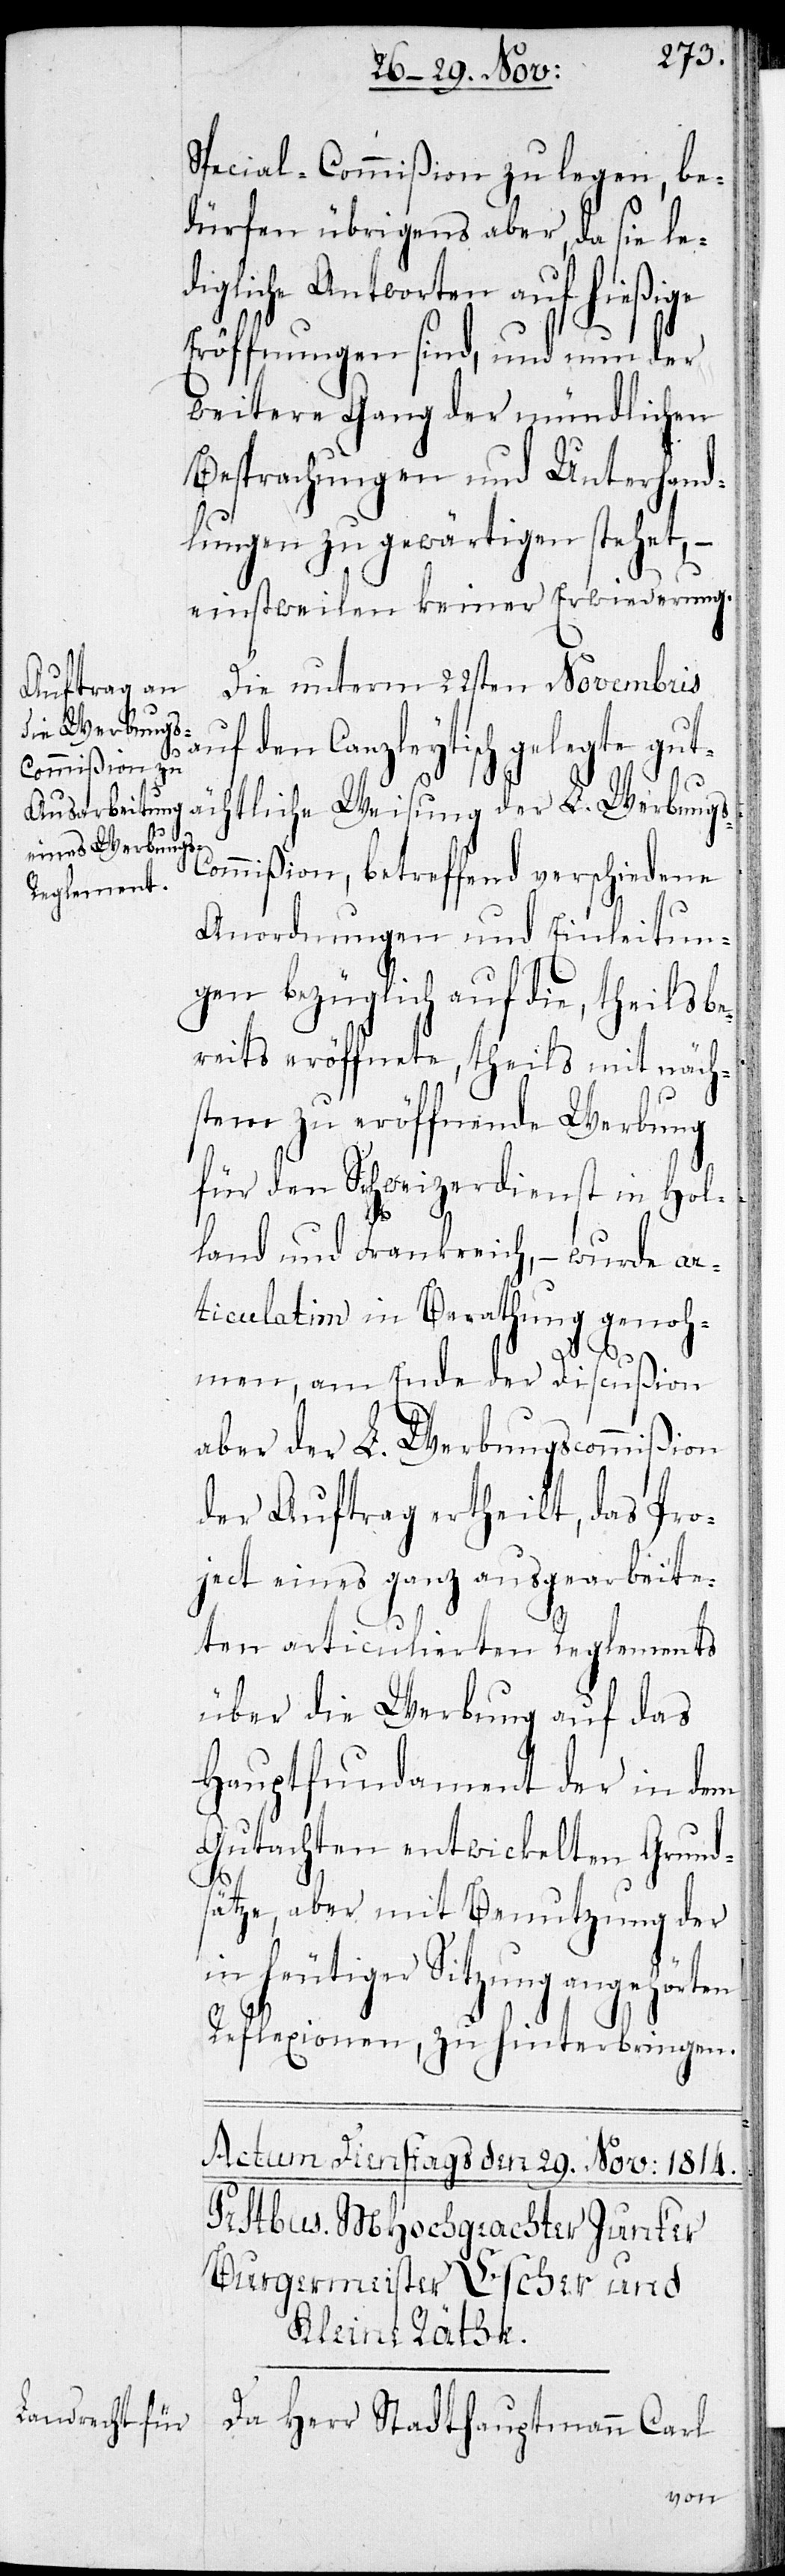
Special-Commißion zu legen, be¬
dürfen übrigens aber, da sie le¬
digliche Antworten auf hießige
Eröffnungen sind, und nun der
weitere Gang der mündlichen
Besprechungen und Unterhand¬
lungen zu gewärtigen steht, –
einstweilen keiner Erwiederung.
Die unterm 22sten Novembris
den Canzleytisch gel¬
egte gutächtlich Weisung der L. Werbungs¬
commißion, betreffend verschiedene
Anordnungen und Einleitun¬
gen bezüglich auf die theils be¬
reits eröffnete, theils mit näch¬
stem zu eröffnende Werbung
für den Schweizerdienst in Hol¬
land und Frankreich, – wurde ar¬
ticulatim in Berathung genoh¬
men, am Ende der Discußion
aber der L. Werbungscommißion
der Auftrag ertheilt, das Pro¬
ject eines ganz ausgearbeite¬
ten articulierten Reglements
über die Werbung auf das
Hauptfundament der in dem
Gutachten entwickelten Grund¬
sätze, aber mit Benutzung der
in heutiger Sitzung angehörten
Reflexionen, zu hinterbringen.
Da Herr Stadthauptmann Carl